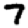
Digit: 7